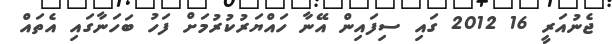
ޖެނުއަރީ 16 2012 ގައި ސިފައިން އޭނާ ހައްޔަރުކުރުމަށް ފަހު ބަހަނާގައި އެތައް